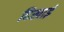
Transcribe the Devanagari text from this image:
दिखार्इ